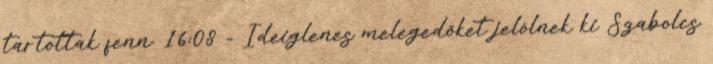
tartottak fenn. 16:08 - Ideiglenes melegedőket jelölnek ki Szabolcs